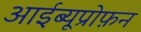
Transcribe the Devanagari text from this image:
आईब्यूप्रोफ़न